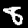
Digit: 8